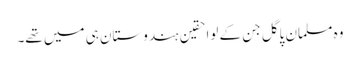
وہ مسلمان پاگل جن کے لواحقین ہندوستان ہی میں تھے۔